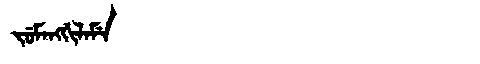
Manchu: ᠵᡠᠮᠠᠩᡤᡳᠯᠠᠮᡝ
Romanization: JUMANGGILAME